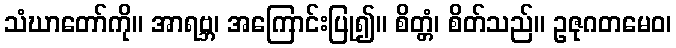
သံဃာတော်ကို။ အာရဗ္ဘ၊ အကြောင်းပြု၍။ စိတ္တံ၊ စိတ်သည်။ ဥဇုဂတမေဝ၊